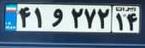
۴۱و۲۷۲۱۴